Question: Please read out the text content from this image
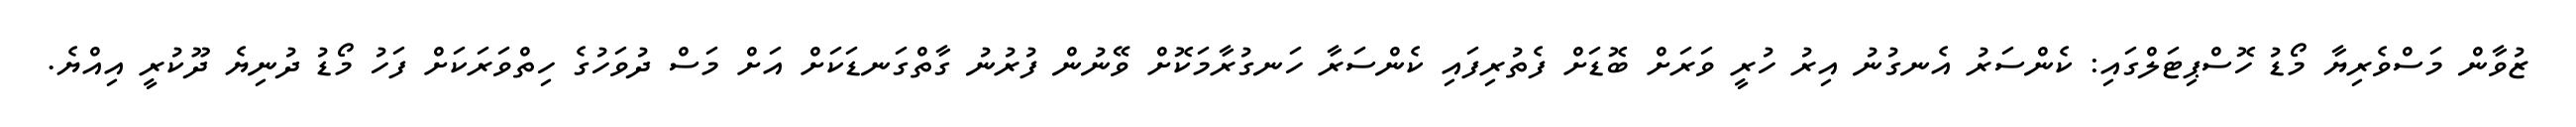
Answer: ޒުވާން މަސްވެރިޔާ މޯޑު ހޮސްޕިޓަލްގައި: ކެންސަރު އެނގުނު އިރު ހުރީ ވަރަށް ބޮޑަށް ފެތުރިފައި ކެންސަރާ ހަނގުރާމަކޮށް ވޭނުން ފުރުނު ގާތްގަނޑަކަށް އަށް މަސް ދުވަހުގެ ހިތްވަރަކަށް ފަހު މޯޑު ދުނިޔެ ދޫކުރީ އިއްޔެ.